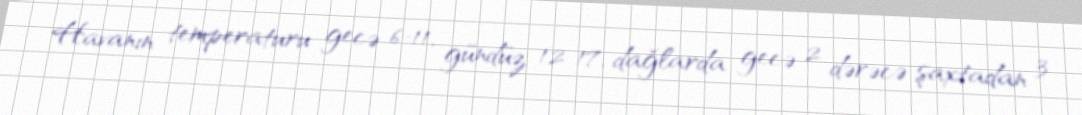
Havanın temperaturu gecə 6-11, gündüz 12-17, dağlarda gecə 2 dərəcə şaxtadan 3